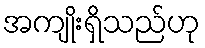
အကျိုးရှိသည်ဟု